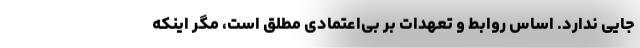
جایی ندارد. اساس روابط و تعهدات بر بی‌اعتمادی مطلق است، مگر اینکه